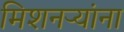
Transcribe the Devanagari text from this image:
मिशनऱ्यांना